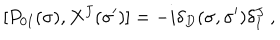
[ P _ { 0 I } ( \sigma ) , X ^ { J } ( \sigma ^ { \prime } ) ] = - i \delta _ { D } ( \sigma , \sigma ^ { \prime } ) \delta _ { I } ^ { J } \ ,